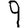
Digit: 9